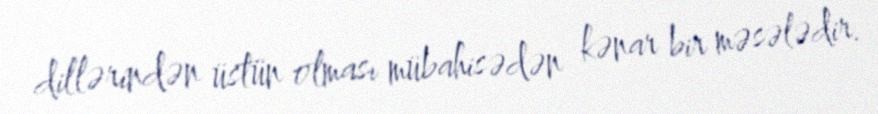
dillərindən üstün olması mübahisədən kənar bir məsələdir.